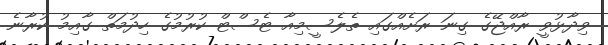
ވިދާޅުވީ ރާއްޖޭގެ ގިނަ ރަށެއްގައި ތެލެސީމިއާ ޓެސްޓް ކުރުމުގެ ހިދުމަތް ގާއިމު ކުރާނެ